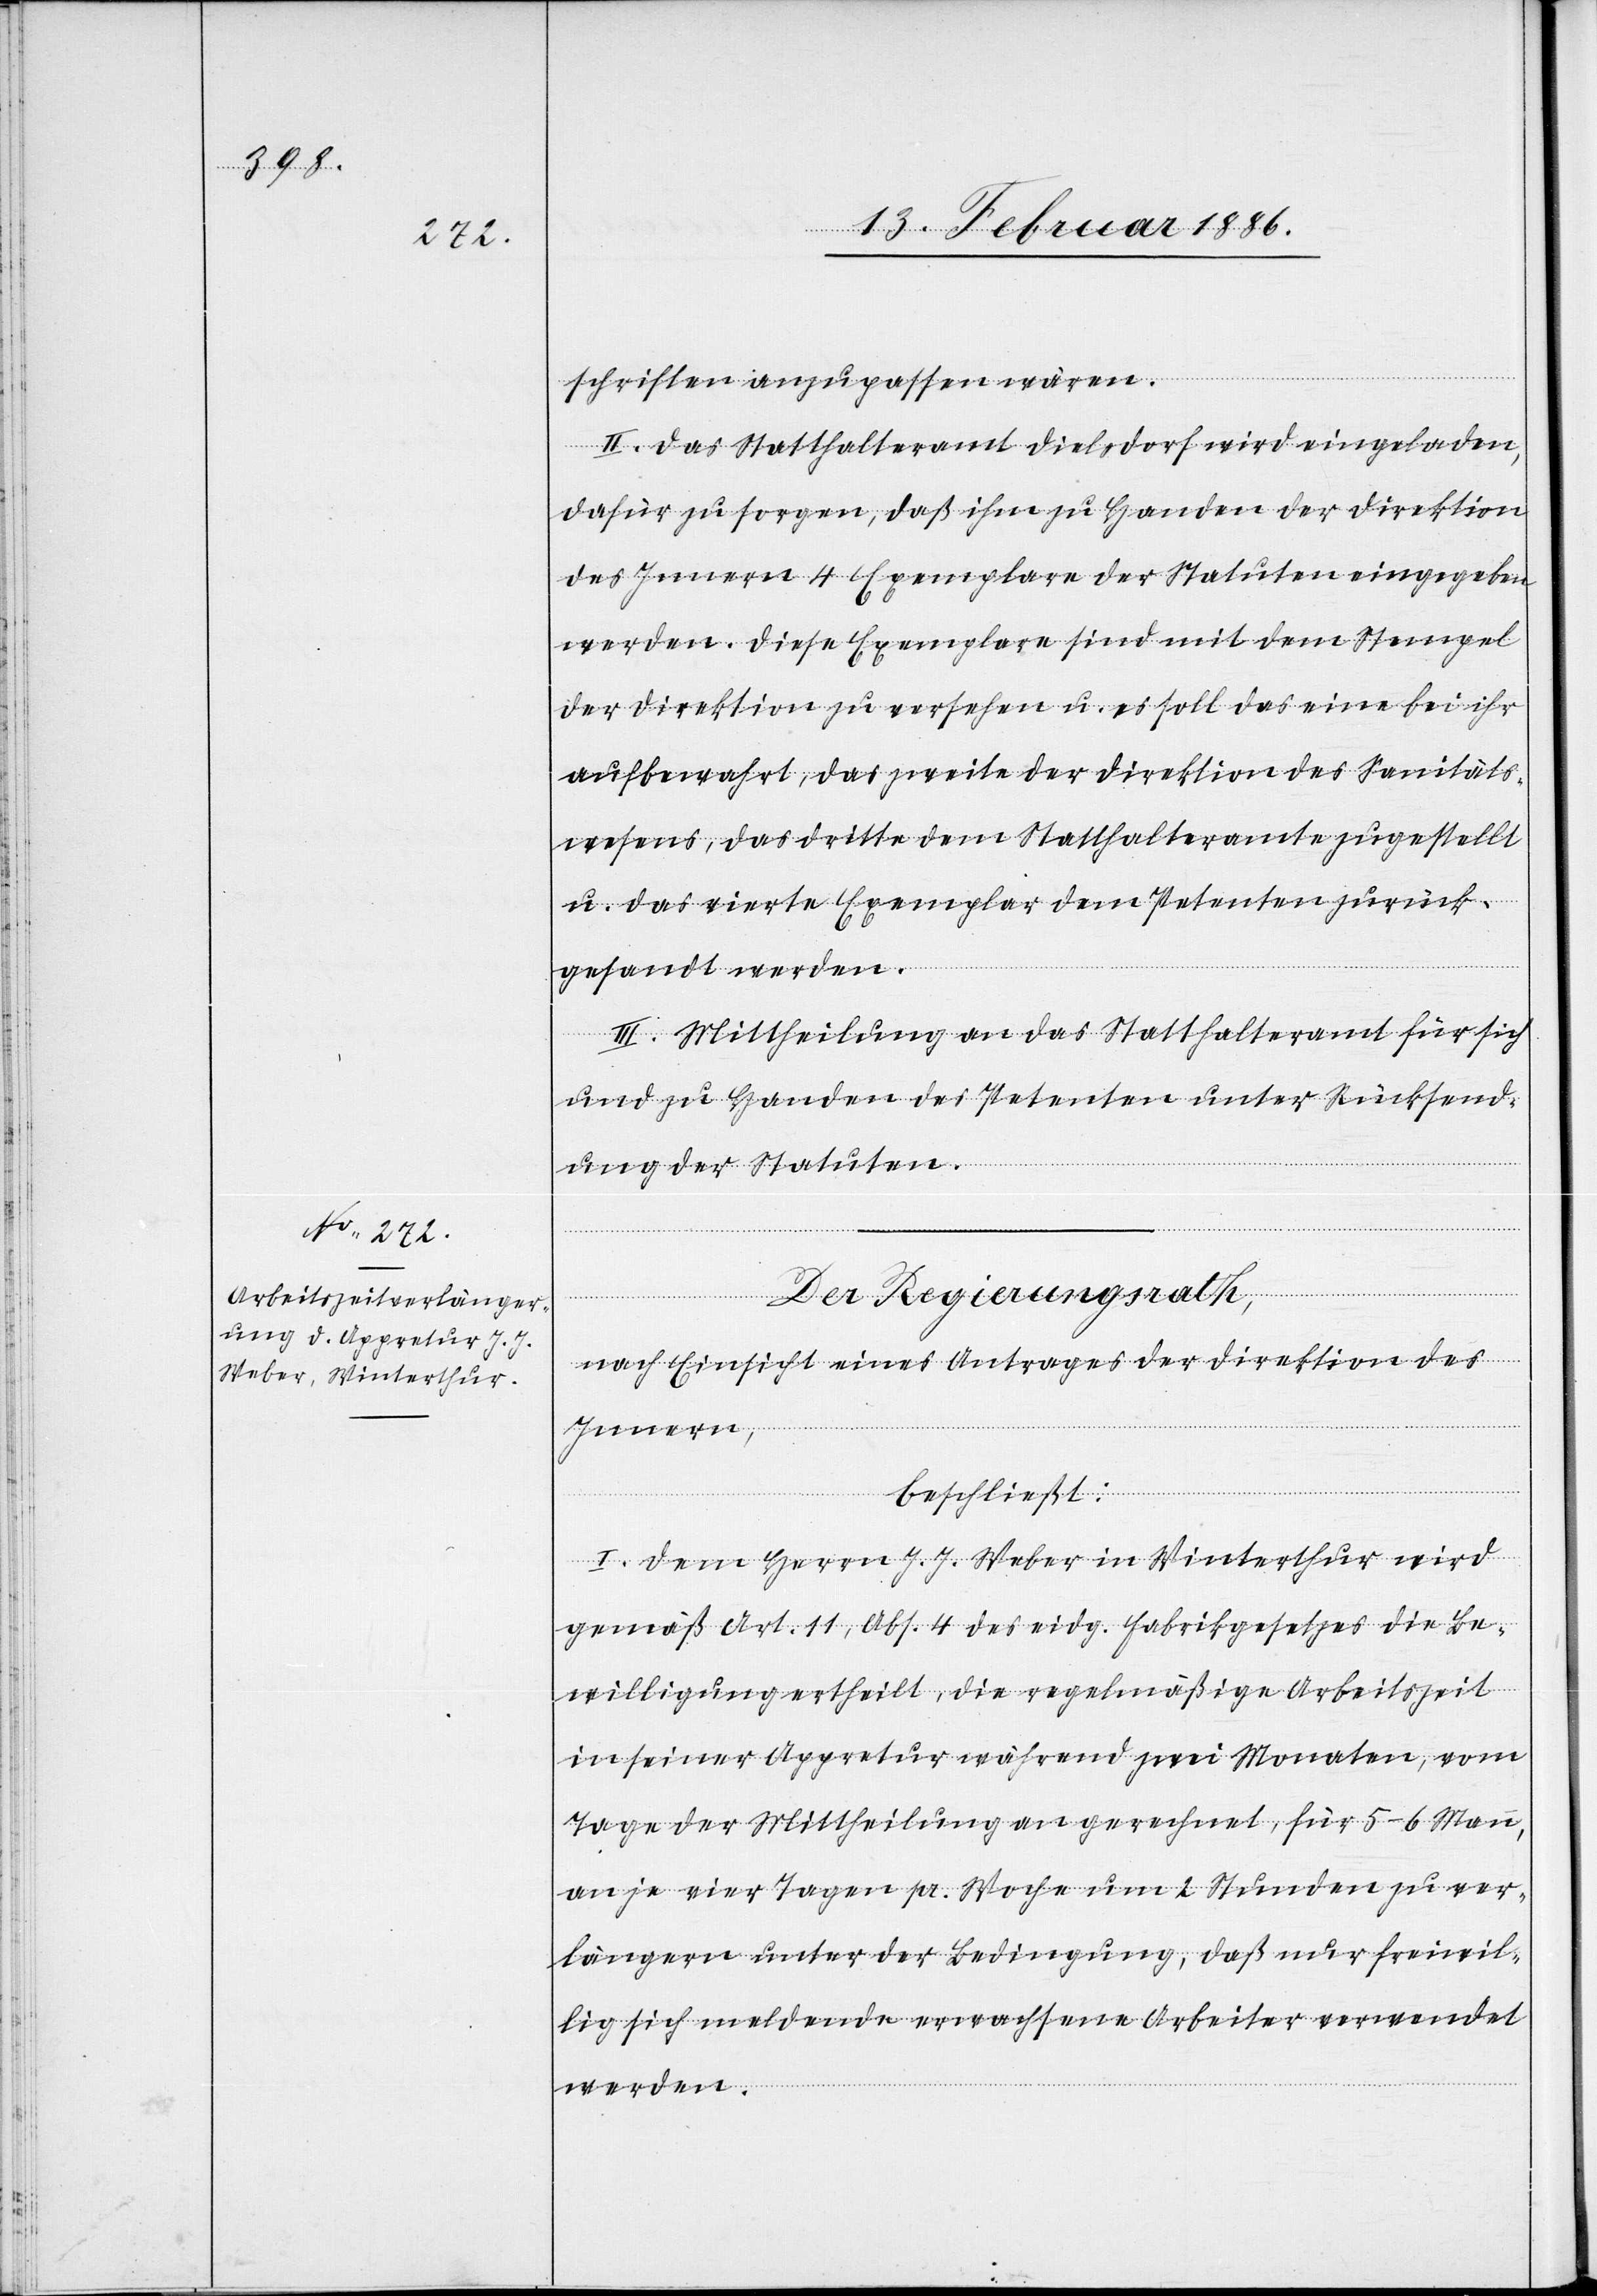
schriften anzupassen wären.
II. Das Statthalteramt Dielsdorf wird eingeladen,
dafür zu sorgen, daß ihm zu Handen der Direktion
des Innern 4 Exemplare der Statuten eingegeben
werden. Diese Exemplare sind mit dem Stempel
der Direktion zu versehen u. es soll das eine bei ihr
aufbewahrt, das zweite der Direktion des Sanitäts¬
wesens, das dritte dem Statthalteramt zugestellt
u. das vierte Exemplar dem Petenten zurück¬
gesandt werden.
III. Mittheilung an das Statthalteramt für sich
und zu Handen des Petenten unter Rücksend¬
ung der Statuten.
Der Regierungsrath,
nach Einsicht eines Antrages der Direktion des
Innern,
beschließt:
I. Dem Herrn J. J. Weber in Winterthur wird
gemäß Art. 11, Abs. 4 des eidg. Fabrikgesetzes die Be¬
willigung ertheilt, die regelmäßige Arbeitszeit
in seiner Appretur während zwei Monaten, vom
Tage der Mittheilung an gerechnet, für 5–6 Mann,
an je vier Tagen pr. Woche um 2 Stunden zu ver¬
längern unter der Bedingung, daß nur freiwil¬
lig sich meldende erwachsene Arbeiter verwendet
werden.